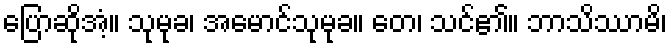
ပြောဆိုအံ့။ သုမုခ၊ အမောင်သုမုခ။ တေ၊ သင်၏။ ဘာသိဿာမိ၊